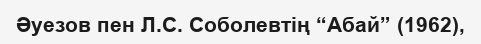
Әуезов пен Л.С. Соболевтің “Абай” (1962),